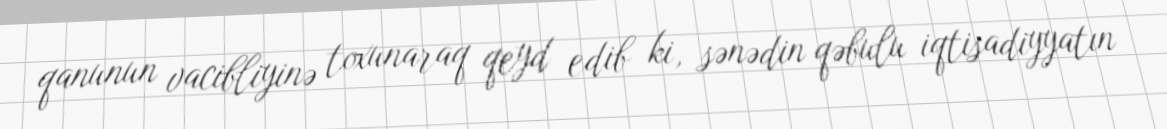
qanunun vacibliyinə toxunaraq qeyd edib ki, sənədin qəbulu iqtisadiyyatın